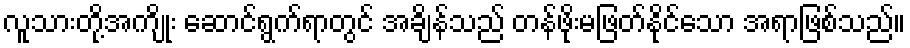
လူသားတို့အကျိုး ဆောင်ရွက်ရာတွင် အချိန်သည် တန်ဖိုးမဖြတ်နိုင်သော အရာဖြစ်သည်။